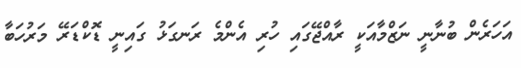
އަހަރެން ބުނާނީ ނަޒްމާއަކީ ރާއްޖޭގައި ހުރި އެންމެ ރަނގަޅު ގައިނީ ޑޮކްޑަރޭ މަރުހަބާ